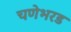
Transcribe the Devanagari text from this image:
चणेभरड